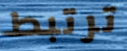
ترتبط